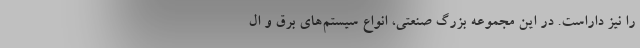
را نیز داراست. در این مجموعه بزرگ صنعتی، انواع سیستم‌های برق و ال